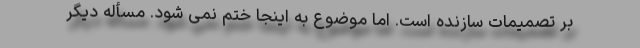
بر تصمیمات سازنده است. اما موضوع به اینجا ختم نمی شود. مسأله دیگر